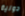
دولية